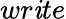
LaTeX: wr\mathit{i}te